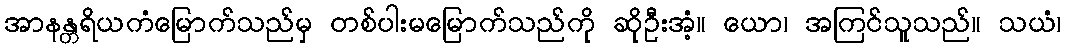
အာနန္တရိယကံမြောက်သည်မှ တစ်ပါးမမြောက်သည်ကို ဆိုဦးအံ့။ ယော၊ အကြင်သူသည်။ သယံ၊